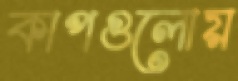
কাপগুলোয়